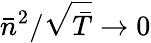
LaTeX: \bar{n}^{2}/\sqrt{\bar{T}}\rightarrow 0